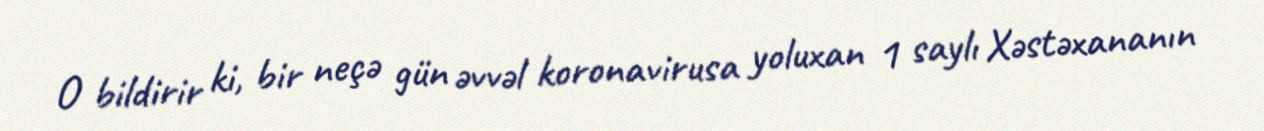
O bildirir ki, bir neçə gün əvvəl koronavirusa yoluxan 1 saylı Xəstəxananın